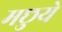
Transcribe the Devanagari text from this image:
मछुये